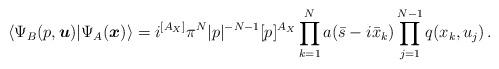
LaTeX: \begin{align*}\langle \Psi_B(p,\boldsymbol{u})|\Psi_A(\boldsymbol{x})\rangle = i^{[A_X]} {\pi^N}{|p|^{-N-1}} [p]^{A_X} \prod_{k=1}^{N}a(\bar s-i\bar x_k) \prod_{j=1}^{N-1}q(x_k,u_j)\,.\end{align*}